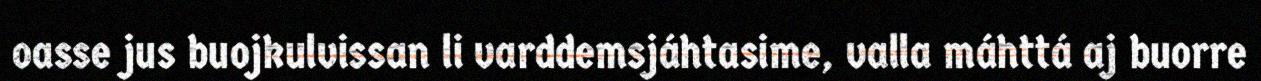
oasse jus buojkulvissan li varddemsjáhtasime, valla máhttá aj buorre